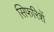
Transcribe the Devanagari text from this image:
सिफरिशें